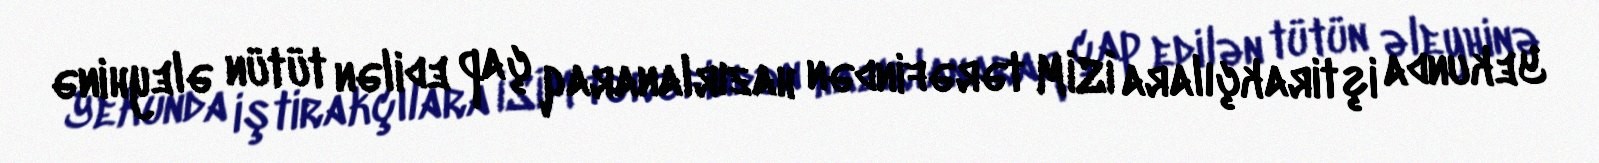
Yekunda iştirakçılara İSİM tərəfindən hazırlanaraq çap edilən tütün əleyhinə